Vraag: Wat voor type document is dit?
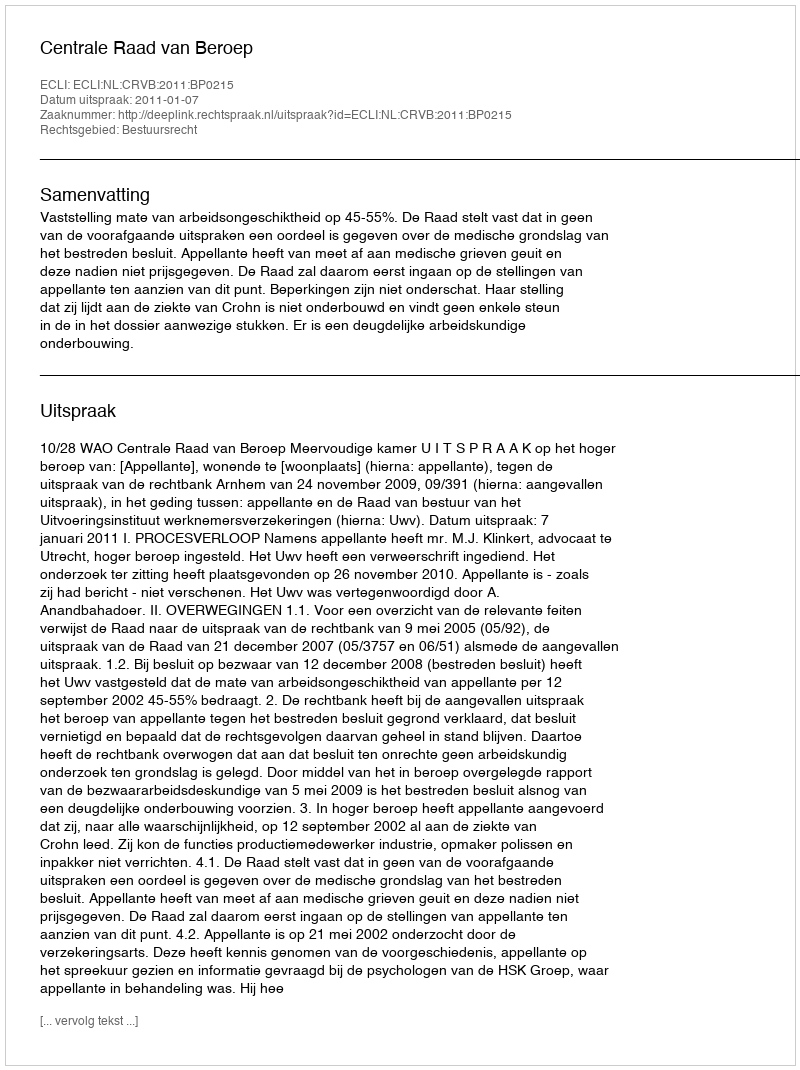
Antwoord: Uitspraak